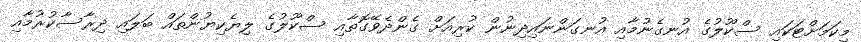
މިކަމަށްޓަކައި ސްކޫލުގެ އުނގެނުމާއި އުނގަންނައިދިނުން ކުރިއަށް ގެންދެވޭގޮތާއި ސްކޫލުގެ ލިޔެކިޔުންތައް ބަލައި ދިރާސާކުރުމާއި